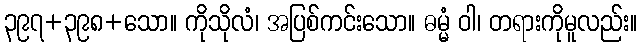
၃၉၇+၃၉၈+သော။ ကိုသိုလံ၊ အပြစ်ကင်းသော။ ဓမ္မံ ဝါ၊ တရားကိုမူလည်း။